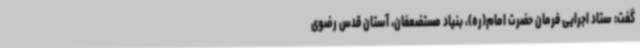
گفت: ستاد اجرایی فرمان حضرت امام(ره)، بنیاد مستضعفان، آستان قدس رضوی